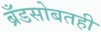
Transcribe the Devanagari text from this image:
ब्रँडसोबतही